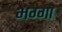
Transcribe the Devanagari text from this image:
भग्गा